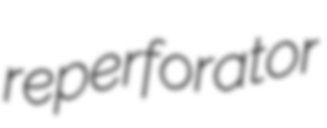
reperforator